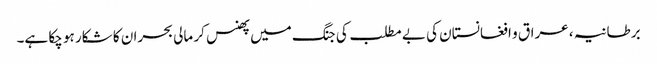
برطانیہ ، عراق و افغانستان کی بے مطلب کی جنگ میں پھنس کر مالی بحران کا شکار ہو چکا ہے۔